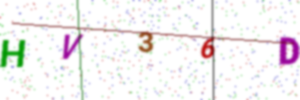
Text: HV36D